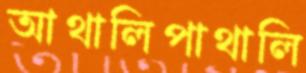
আথালিপাথালি